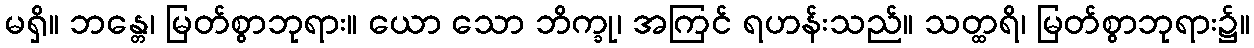
မရှိ။ ဘန္တေ၊ မြတ်စွာဘုရား။ ယော သော ဘိက္ခု၊ အကြင် ရဟန်းသည်။ သတ္ထရိ၊ မြတ်စွာဘုရား၌။